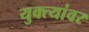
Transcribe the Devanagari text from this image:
युक्त्यांवर